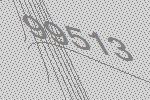
99513